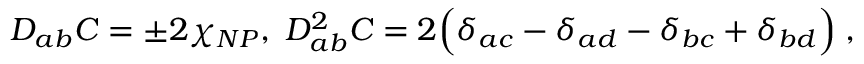
D _ { a b } C = \pm 2 \chi _ { N P } , \; D _ { a b } ^ { 2 } C = 2 \Bigl ( \delta _ { a c } - \delta _ { a d } - \delta _ { b c } + \delta _ { b d } \Bigr ) \; ,